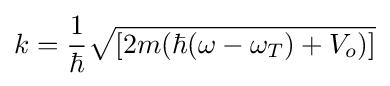
k={\frac {1}{\hbar }}{\sqrt {[2m(\hbar (\omega -\omega _{T})+V_{o})]}}